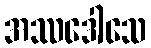
အဿဒေါသေ